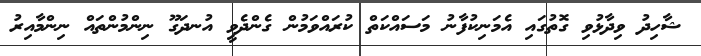
ޝާހިދު ވިދާޅުވި ގޮތުގައި އެމަނިކުފާނު މަސައްކަތް ކުރައްވަމުން ގެންދެވީ އުނދަގޫ ނިންމުންތައް ނިންމާއިރު